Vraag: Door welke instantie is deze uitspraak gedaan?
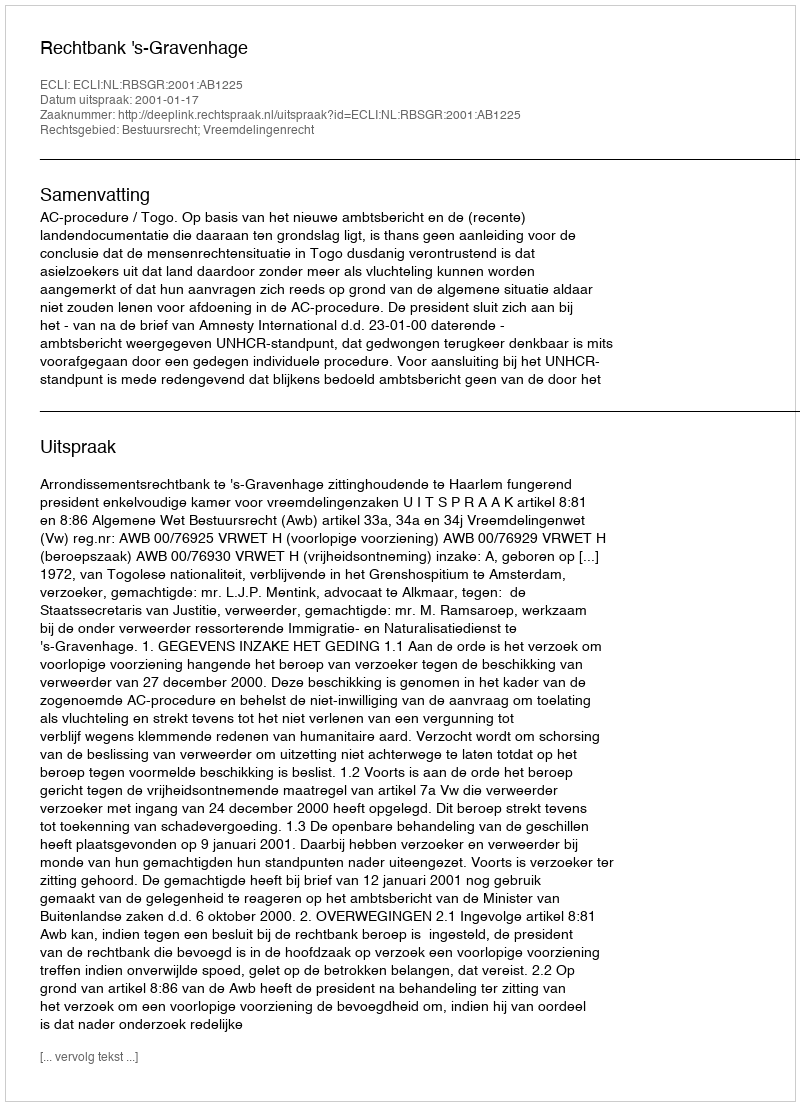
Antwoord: Rechtbank 's-Gravenhage